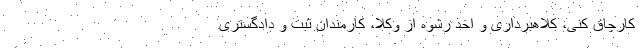
کارچاق کنی، کلاهبرداری و اخذ رشوه از وکلا، کارمندان ثبت و دادگستری